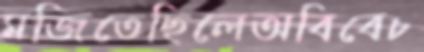
মজিতেছিলেঅবিবেচ